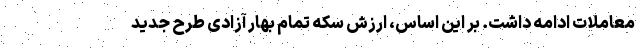
معاملات ادامه داشت. بر این اساس، ارزش سکه تمام بهار آزادی طرح جدید